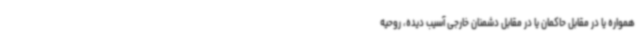
همواره یا در مقابل حاکمان یا در مقابل دشمنان خارجی آسیب دیده، روحیه